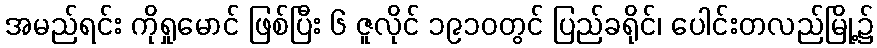
အမည်ရင်း ကိုရှုမောင် ဖြစ်ပြီး ၆ ဇူလိုင် ၁၉၁၀တွင် ပြည်ခရိုင်၊ ပေါင်းတလည်မြို့၌